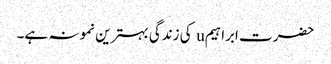
حضرت ابراہیمu کی زندگی بہترین نمونہ ہے۔